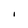
Character: I